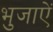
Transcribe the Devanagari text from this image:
भुजाऐं